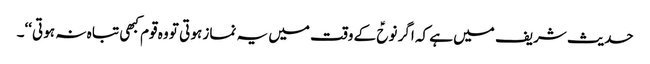
حدیث شریف میں ہے کہ اگر نوحؑ کے وقت میں یہ نماز ہو تی تو وہ قوم کبھی تبا ہ نہ ہو تی‘‘۔